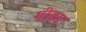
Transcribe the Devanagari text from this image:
गीदड